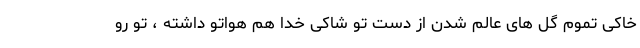
خاکی تموم گل های عالم شدن از دست تو شاکی خدا هم هواتو داشته ، تو رو